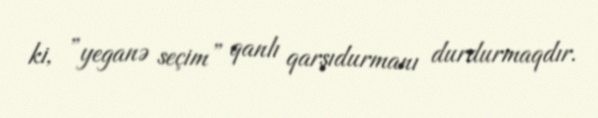
ki, ”yeganə seçim” qanlı qarşıdurmanı durdurmaqdır.